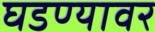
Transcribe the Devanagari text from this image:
घडण्यावर